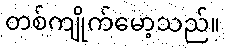
တစ်ကျိုက်မော့သည်။